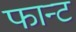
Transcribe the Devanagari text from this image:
फान्ट